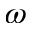
\omega